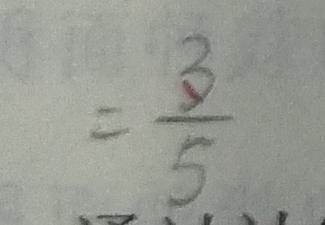
= \frac { 3 } { 5 }